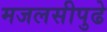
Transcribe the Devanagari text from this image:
मजलसीपुढे